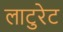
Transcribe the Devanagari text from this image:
लाटुरेट